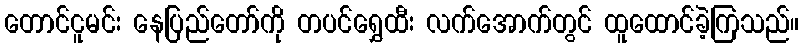
တောင်ငူမင်း နေပြည်တော်ကို တပင်ရွှေထီး လက်အောက်တွင် ထူထောင်ခဲ့ကြသည်။